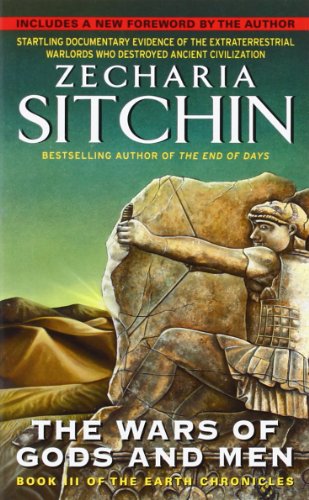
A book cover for The Wars of Gods and Men: Book III of the Earth Chronicles (The Earth Chronicles); Zecharia Sitchin; Science & Math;